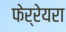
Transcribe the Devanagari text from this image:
फेर्रेयरा